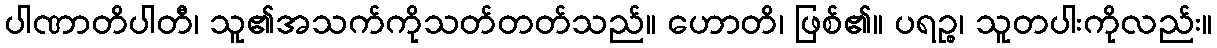
ပါဏာတိပါတီ၊ သူ၏အသက်ကိုသတ်တတ်သည်။ ဟောတိ၊ ဖြစ်၏။ ပရဉ္စ၊ သူတပါးကိုလည်း။